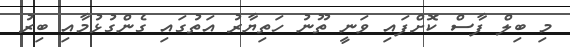
މި ބިލް ފާސް ކޮށްފައި ވަނީ ތޫނު ހަތިޔާރު އަތުގައި ގެންގުޅުމާއި ބިރު